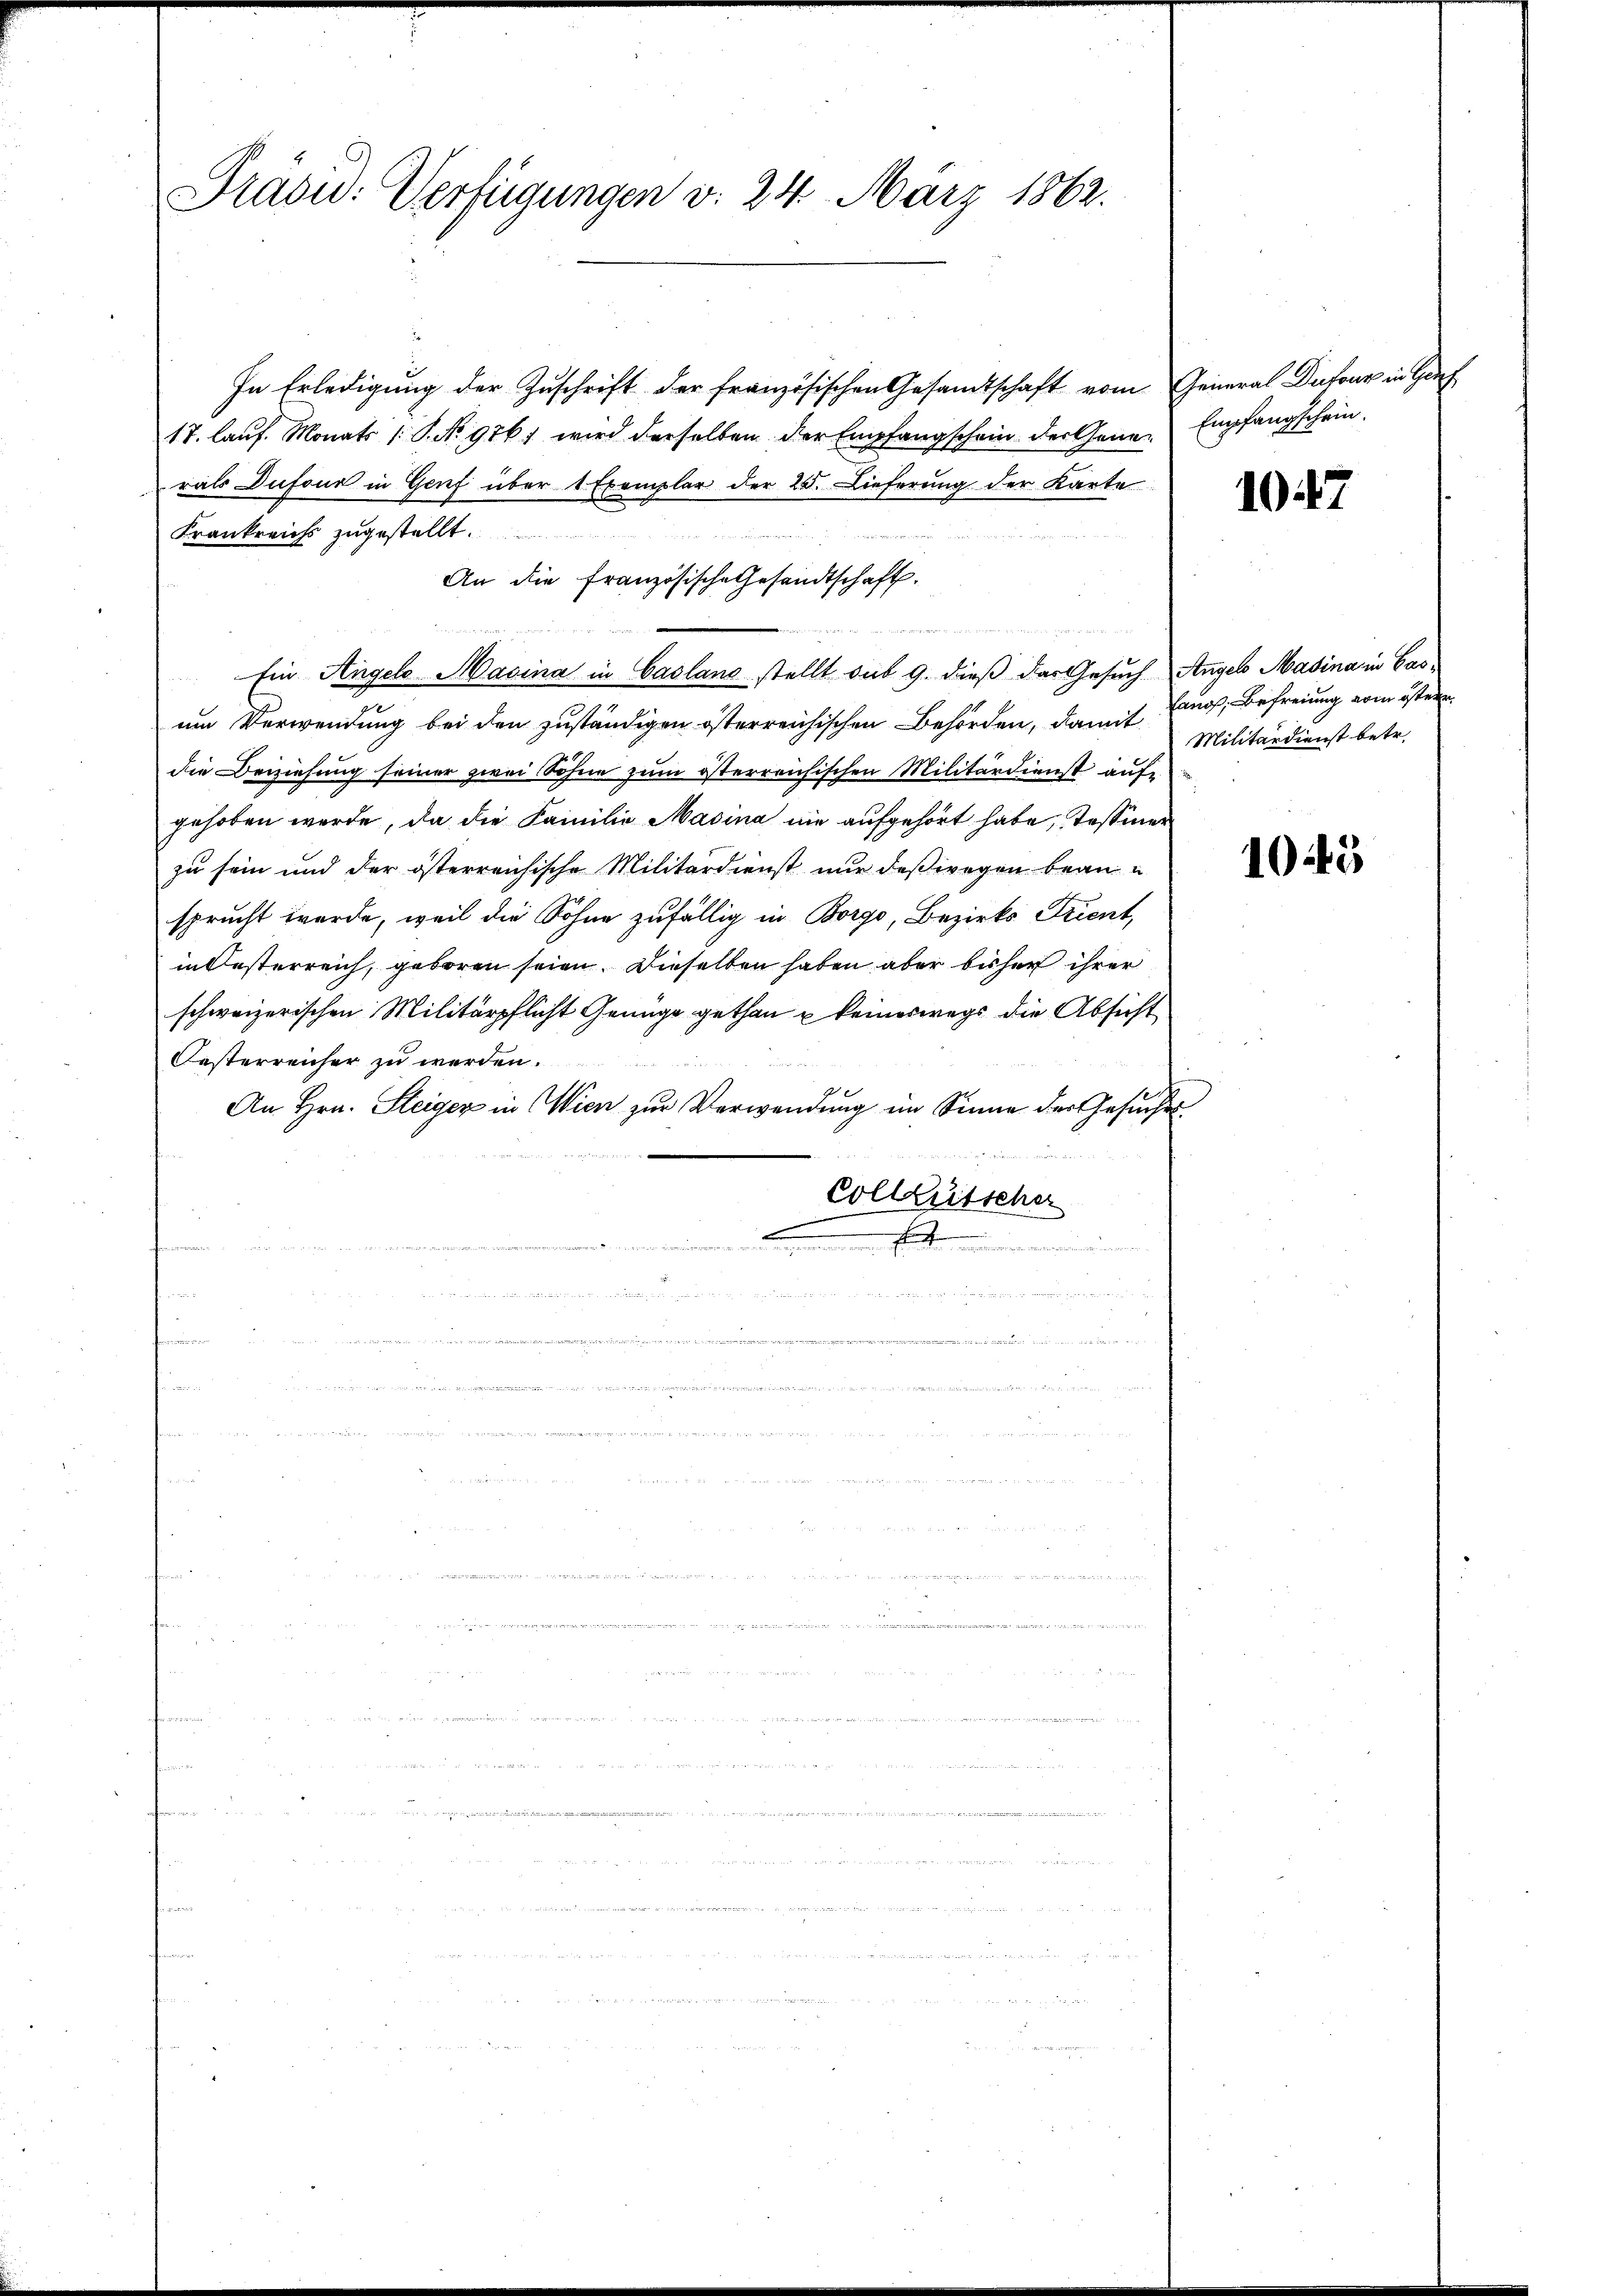
Prasid: Verfügungen d. 24. März 1862.

In Erledigung der Zuschrift der französischen Gesandtschaft vom General Dufour in Hof
17. lauf Monats (S. No. 976 wird derselben der Empfangschein der Gene-Empfangschein.
rals Dufour in Genf über 1 Exemplar der 23. Dieferung der Karte
Frankreichs zugestellt
An die Französische Gesandtschaft.
Ein Angels Masina in Casland stellt sub 9. dieß das Gesuch Angel Masina in Gas-
um Verwendung bei den zuständigen österreichischen Behörden, damit
die Beiziehung seiner zwei Söhne zum österreichischen Militärdienst auf
gehoben werde, da die Familie Masina nie aufgehört habe, Tessiner
zu sein und der österreichische Militärdienst nur deßwegen bean-
sprucht werde, weil die Sohne zufällig in Borgo, Bezirks Trient,
in Oesterreich, geboren seien. Dieselben haben aber bisher ihrer
schweizerischen Militärpflicht Genüge gethan u keineswegs die Absicht
Oesterreicher zu werden.
An Hrn. Steiger in Wien zŭr Verwendŭng im Sinne der Gesŭche
Colleütscher
.
e
wimmen wegenden
.

1047

ano, Befreiung vom österr
Militärdienst betr.

1045